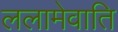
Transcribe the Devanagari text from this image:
ललामेवाति